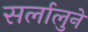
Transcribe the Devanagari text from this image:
सर्लालुने